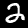
Digit: 2